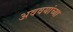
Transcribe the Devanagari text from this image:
अववयांच्या